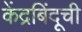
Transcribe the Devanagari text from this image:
केंद्रबिंदूची